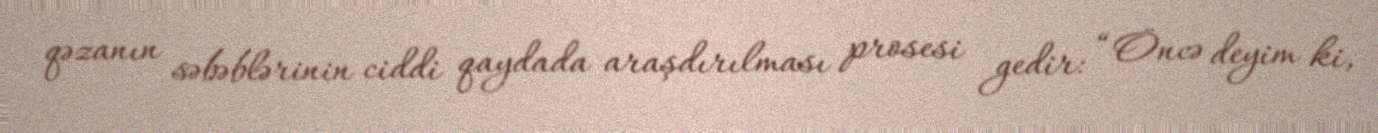
qəzanın səbəblərinin ciddi qaydada araşdırılması prosesi gedir: “Öncə deyim ki,